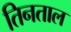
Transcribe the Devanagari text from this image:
तिनताल